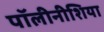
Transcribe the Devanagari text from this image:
पॉलीनीशिया